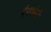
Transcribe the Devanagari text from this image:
गैरसोयी